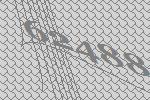
62488